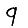
Digit: 9